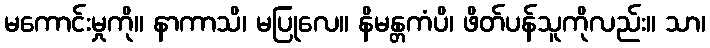
မကောင်းမှုကို။ နာကာသိ၊ မပြုလေ။ နိမန္တကံပိ၊ ဖိတ်ပန်သူကိုလည်း။ သာ၊